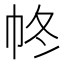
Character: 㠽